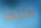
مثلها